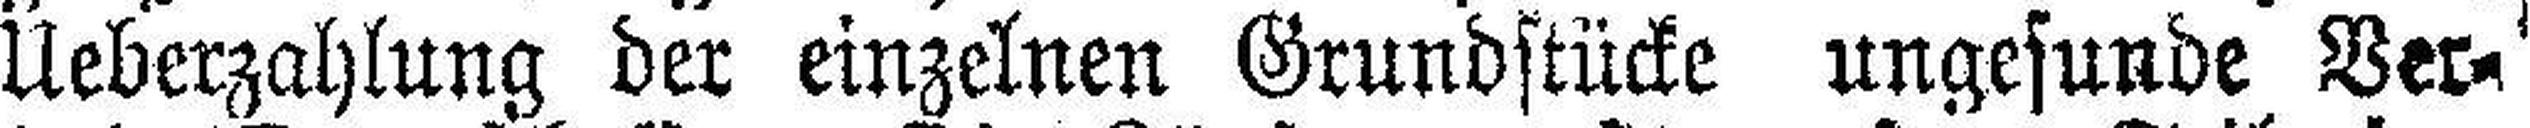
Ueberzahlung der einzelnen Grundstücke ungesunde Ver¬